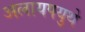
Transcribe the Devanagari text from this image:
अलायपयुथे